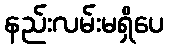
နည်းလမ်းမရှိပေ